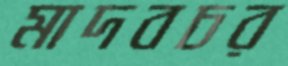
মাদবচর